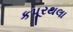
કપૂરથલા